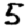
Digit: 5